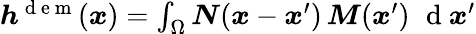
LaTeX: \begin{array}{r}{\boldsymbol{h}^{\mathrm{~d~e~m~}}(\boldsymbol{x})=\int_{\Omega}\boldsymbol{N}(\boldsymbol{x}-\boldsymbol{x}^{\prime})\, \boldsymbol{M}(\boldsymbol{x}^{\prime})\, \, \mathrm{~d~}\boldsymbol{x}^{\prime}}\end{array}